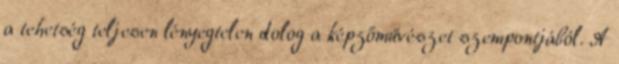
a tehetség teljesen lényegtelen dolog a képzőművészet szempontjából. A